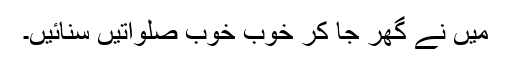
میں نے گھر جا کر خوب خوب صلواتیں سنائیں۔